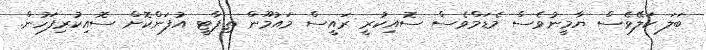
ބަލަ ކަލޭވެސް ޔާމީނުވެސް މެޑަމްވެސް ސޮއިކުރީ ރައީސް މައުމޫން ތިޕާޓީ އުފަންކޮށް ސޮއިކުރިފަހުން.